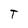
Character: T